Burma Government Medical School reports 1923-41
Year: 1923
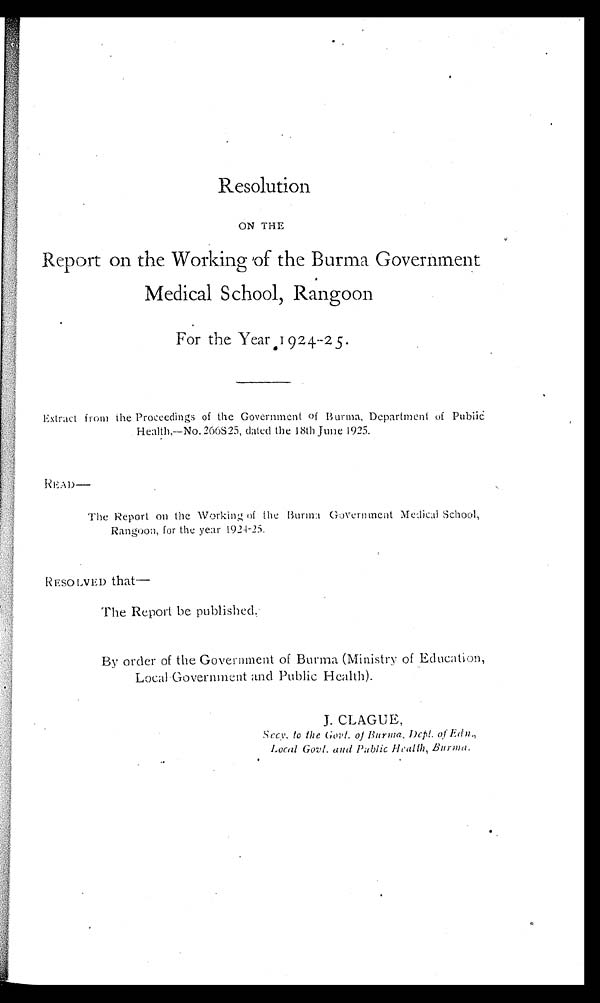
Resolution
ON THE
Report on the Working of the Burma Government
Medical School, Rangoon
For the Year 1924–25.
Extract from the Proceedings of the Government of Burma, Department of Public
Health.—No.266825, dated the 18th June 1925.
READ—
The Report on the Working of the Burma Government Medical School,
Rangoon, for the year 1924-25.
RESOLVED that—
The Report be published.
By order of the Government of Burma (Ministry of Education,
Local Government and Public Health).
J. CLAGUE,
Secy. to the Govt. of Buma, Dept. of. Edn.,
Local Govt. and Public Health, Burma.